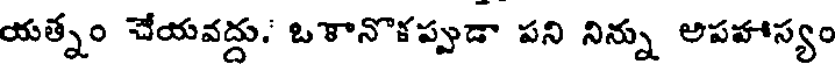
యత్నం చేయవద్దు. ఒకానొకప్పుడా పని నిన్ను అపహాస్యం